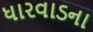
ધારવાડના